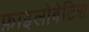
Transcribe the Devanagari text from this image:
फ़ाइलोबेटिस